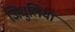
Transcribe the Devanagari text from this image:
जियुलिया